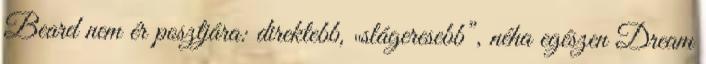
Beard nem ér posztjára: direktebb, „slágeresebb”, néha egészen Dream